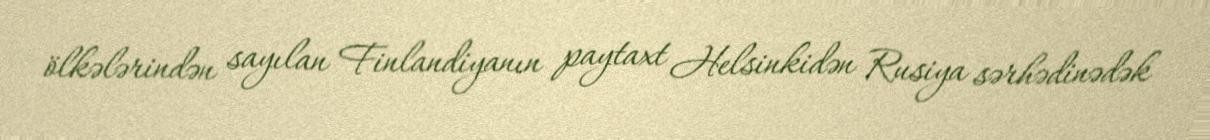
ölkələrindən sayılan Finlandiyanın paytaxt Helsinkidən Rusiya sərhədinədək